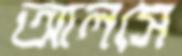
আলসে